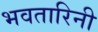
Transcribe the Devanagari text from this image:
भवतारिनी